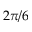
2 \pi / 6